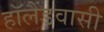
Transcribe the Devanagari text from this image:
हॉलैंडवासी